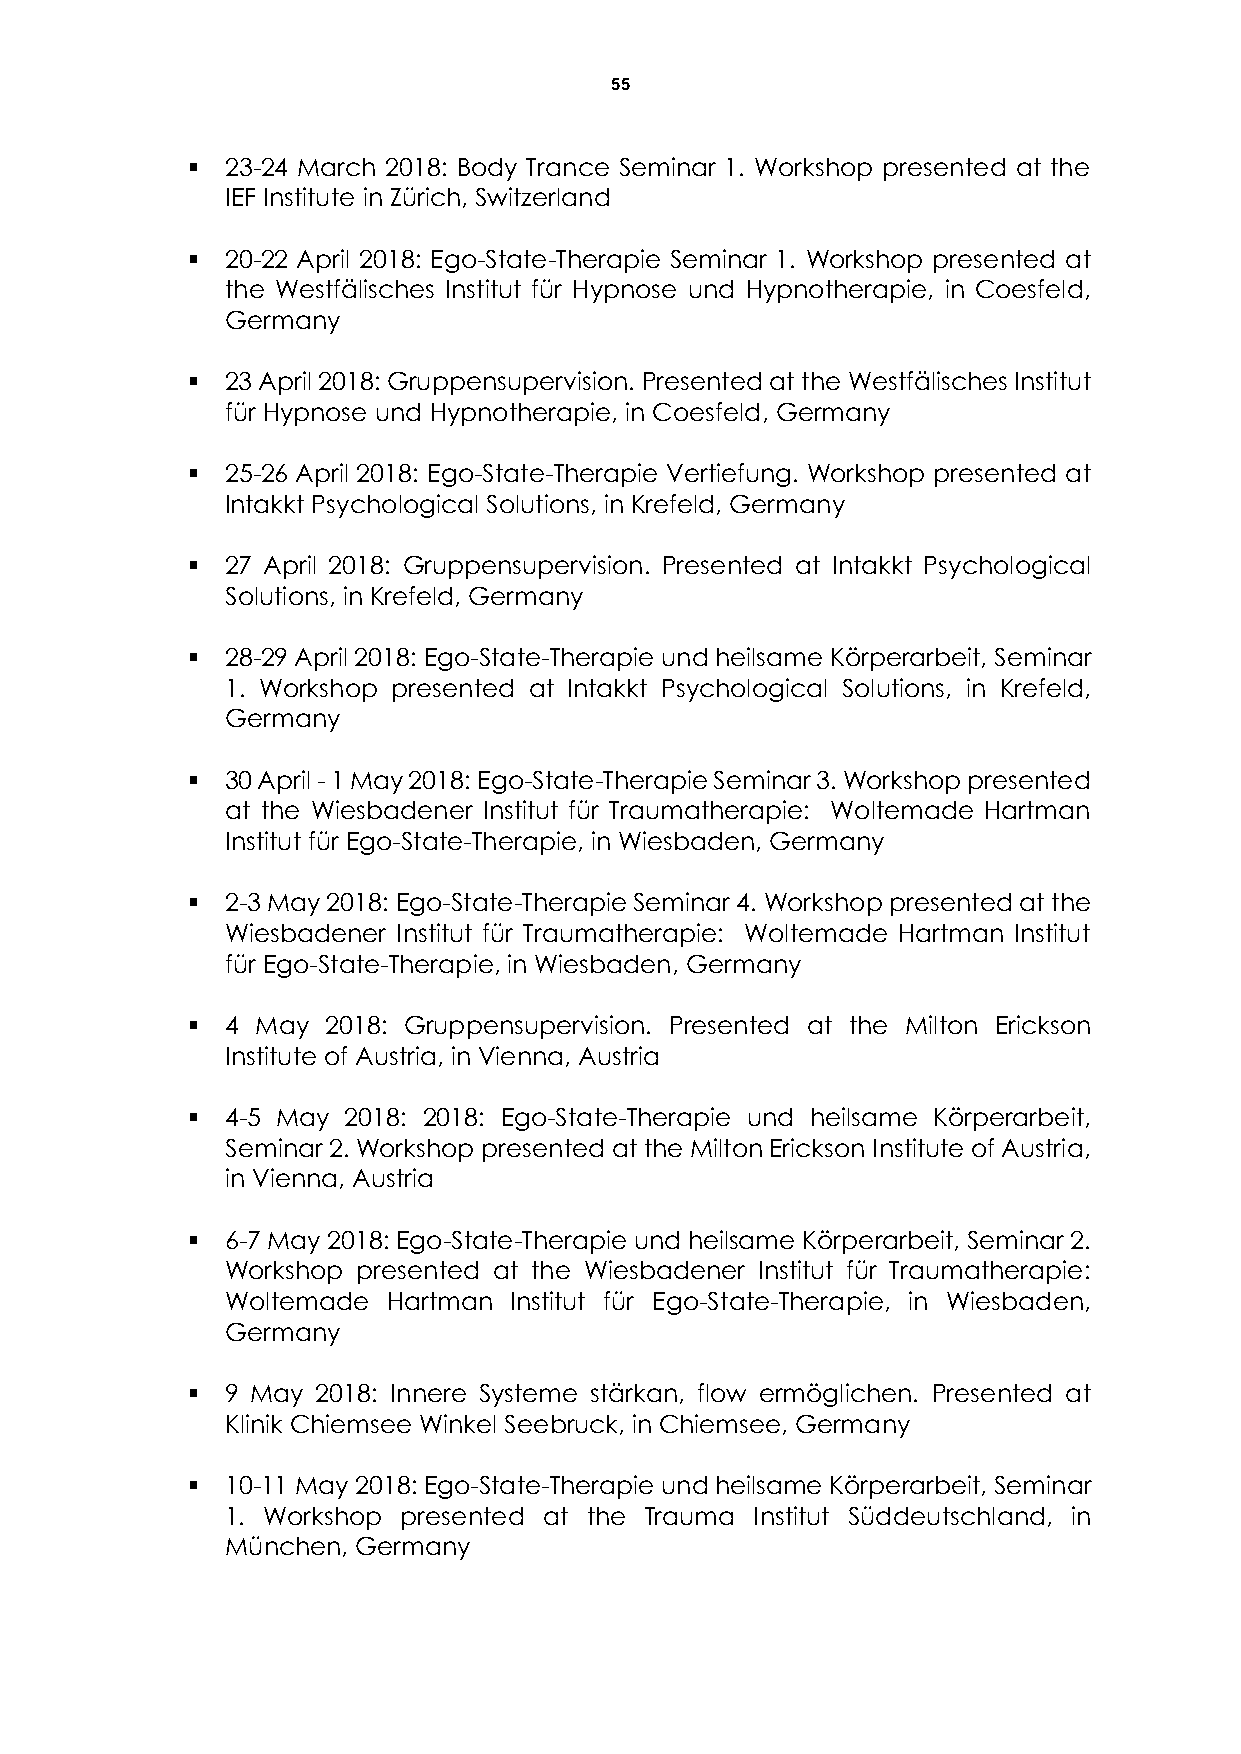
55
   23-24 March 2018: Body Trance Seminar 1. Workshop presented at the
 IEF Institute in Zürich, Switzerland
   20-22 April 2018: Ego-State-Therapie Seminar 1. Workshop presented at
 the Westfälisches Institut für Hypnose und Hypnotherapie, in Coesfeld,
 Germany
   23 April 2018: Gruppensupervision. Presented at the Westfälisches Institut
 für Hypnose und Hypnotherapie, in Coesfeld, Germany
   25-26 April 2018: Ego-State-Therapie Vertiefung. Workshop presented at
 Intakkt Psychological Solutions, in Krefeld, Germany
   27 April 2018: Gruppensupervision. Presented at Intakkt Psychological
 Solutions, in Krefeld, Germany
   28-29 April 2018: Ego-State-Therapie und heilsame Körperarbeit, Seminar
 1. Workshop presented at Intakkt Psychological Solutions, in Krefeld,
 Germany
   30 April - 1 May 2018: Ego-State-Therapie Seminar 3. Workshop presented
 at the Wiesbadener Institut für Traumatherapie: Woltemade Hartman
 Institut für Ego-State-Therapie, in Wiesbaden, Germany
   2-3 May 2018: Ego-State-Therapie Seminar 4. Workshop presented at the
 Wiesbadener Institut für Traumatherapie: Woltemade Hartman Institut
 für Ego-State-Therapie, in Wiesbaden, Germany
   4 May  2018: Gruppensupervision. Presented at the Milton Erickson
 Institute of Austria, in Vienna, Austria
   4-5 May 2018: 2018: Ego-State-Therapie und heilsame Körperarbeit,
 Seminar 2. Workshop presented at the Milton Erickson Institute of Austria,
 in Vienna, Austria
   6-7 May 2018: Ego-State-Therapie und heilsame Körperarbeit, Seminar 2.
 Workshop presented at the Wiesbadener Institut für Traumatherapie:
 Woltemade  Hartman Institut für Ego-State-Therapie, in Wiesbaden,
 Germany
   9 May 2018: Innere Systeme stärkan, flow ermöglichen. Presented at
 Klinik Chiemsee Winkel Seebruck, in Chiemsee, Germany
   10-11 May 2018: Ego-State-Therapie und heilsame Körperarbeit, Seminar
 1. Workshop presented at the Trauma Institut Süddeutschland, in
 München, Germany